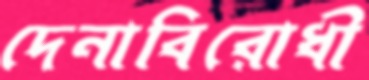
দেনাবিরোধী